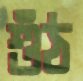
শুঁঠ